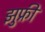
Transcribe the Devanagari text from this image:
झुफ्री